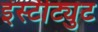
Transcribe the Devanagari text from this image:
इंस्‍टीट्युट